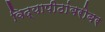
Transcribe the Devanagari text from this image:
विद्यापीठांबरोबर